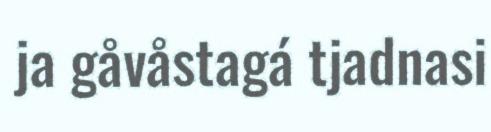
ja gåvåstagá tjadnasi